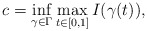
\begin{align*}c=\mathop{\inf}\limits_{\gamma\in\Gamma}\mathop{\max}\limits_{t\in[0,1]}I(\gamma(t)),\end{align*}